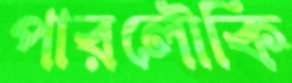
পারলৌকি